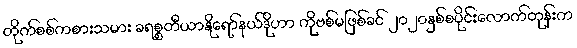
တိုက်စစ်ကစားသမား ခရစ္စတီယာနိုရော်နယ်ဒိုဟာ ကိုဗစ်မဖြစ်ခင် ၂၀၂၀နှစ်စပိုင်းလောက်တုန်းက